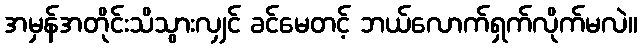
အမှန်အတိုင်းသိသွားလျှင် ခင်မေတင့် ဘယ်လောက်ရှက်လိုက်မလဲ။